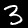
Digit: 3